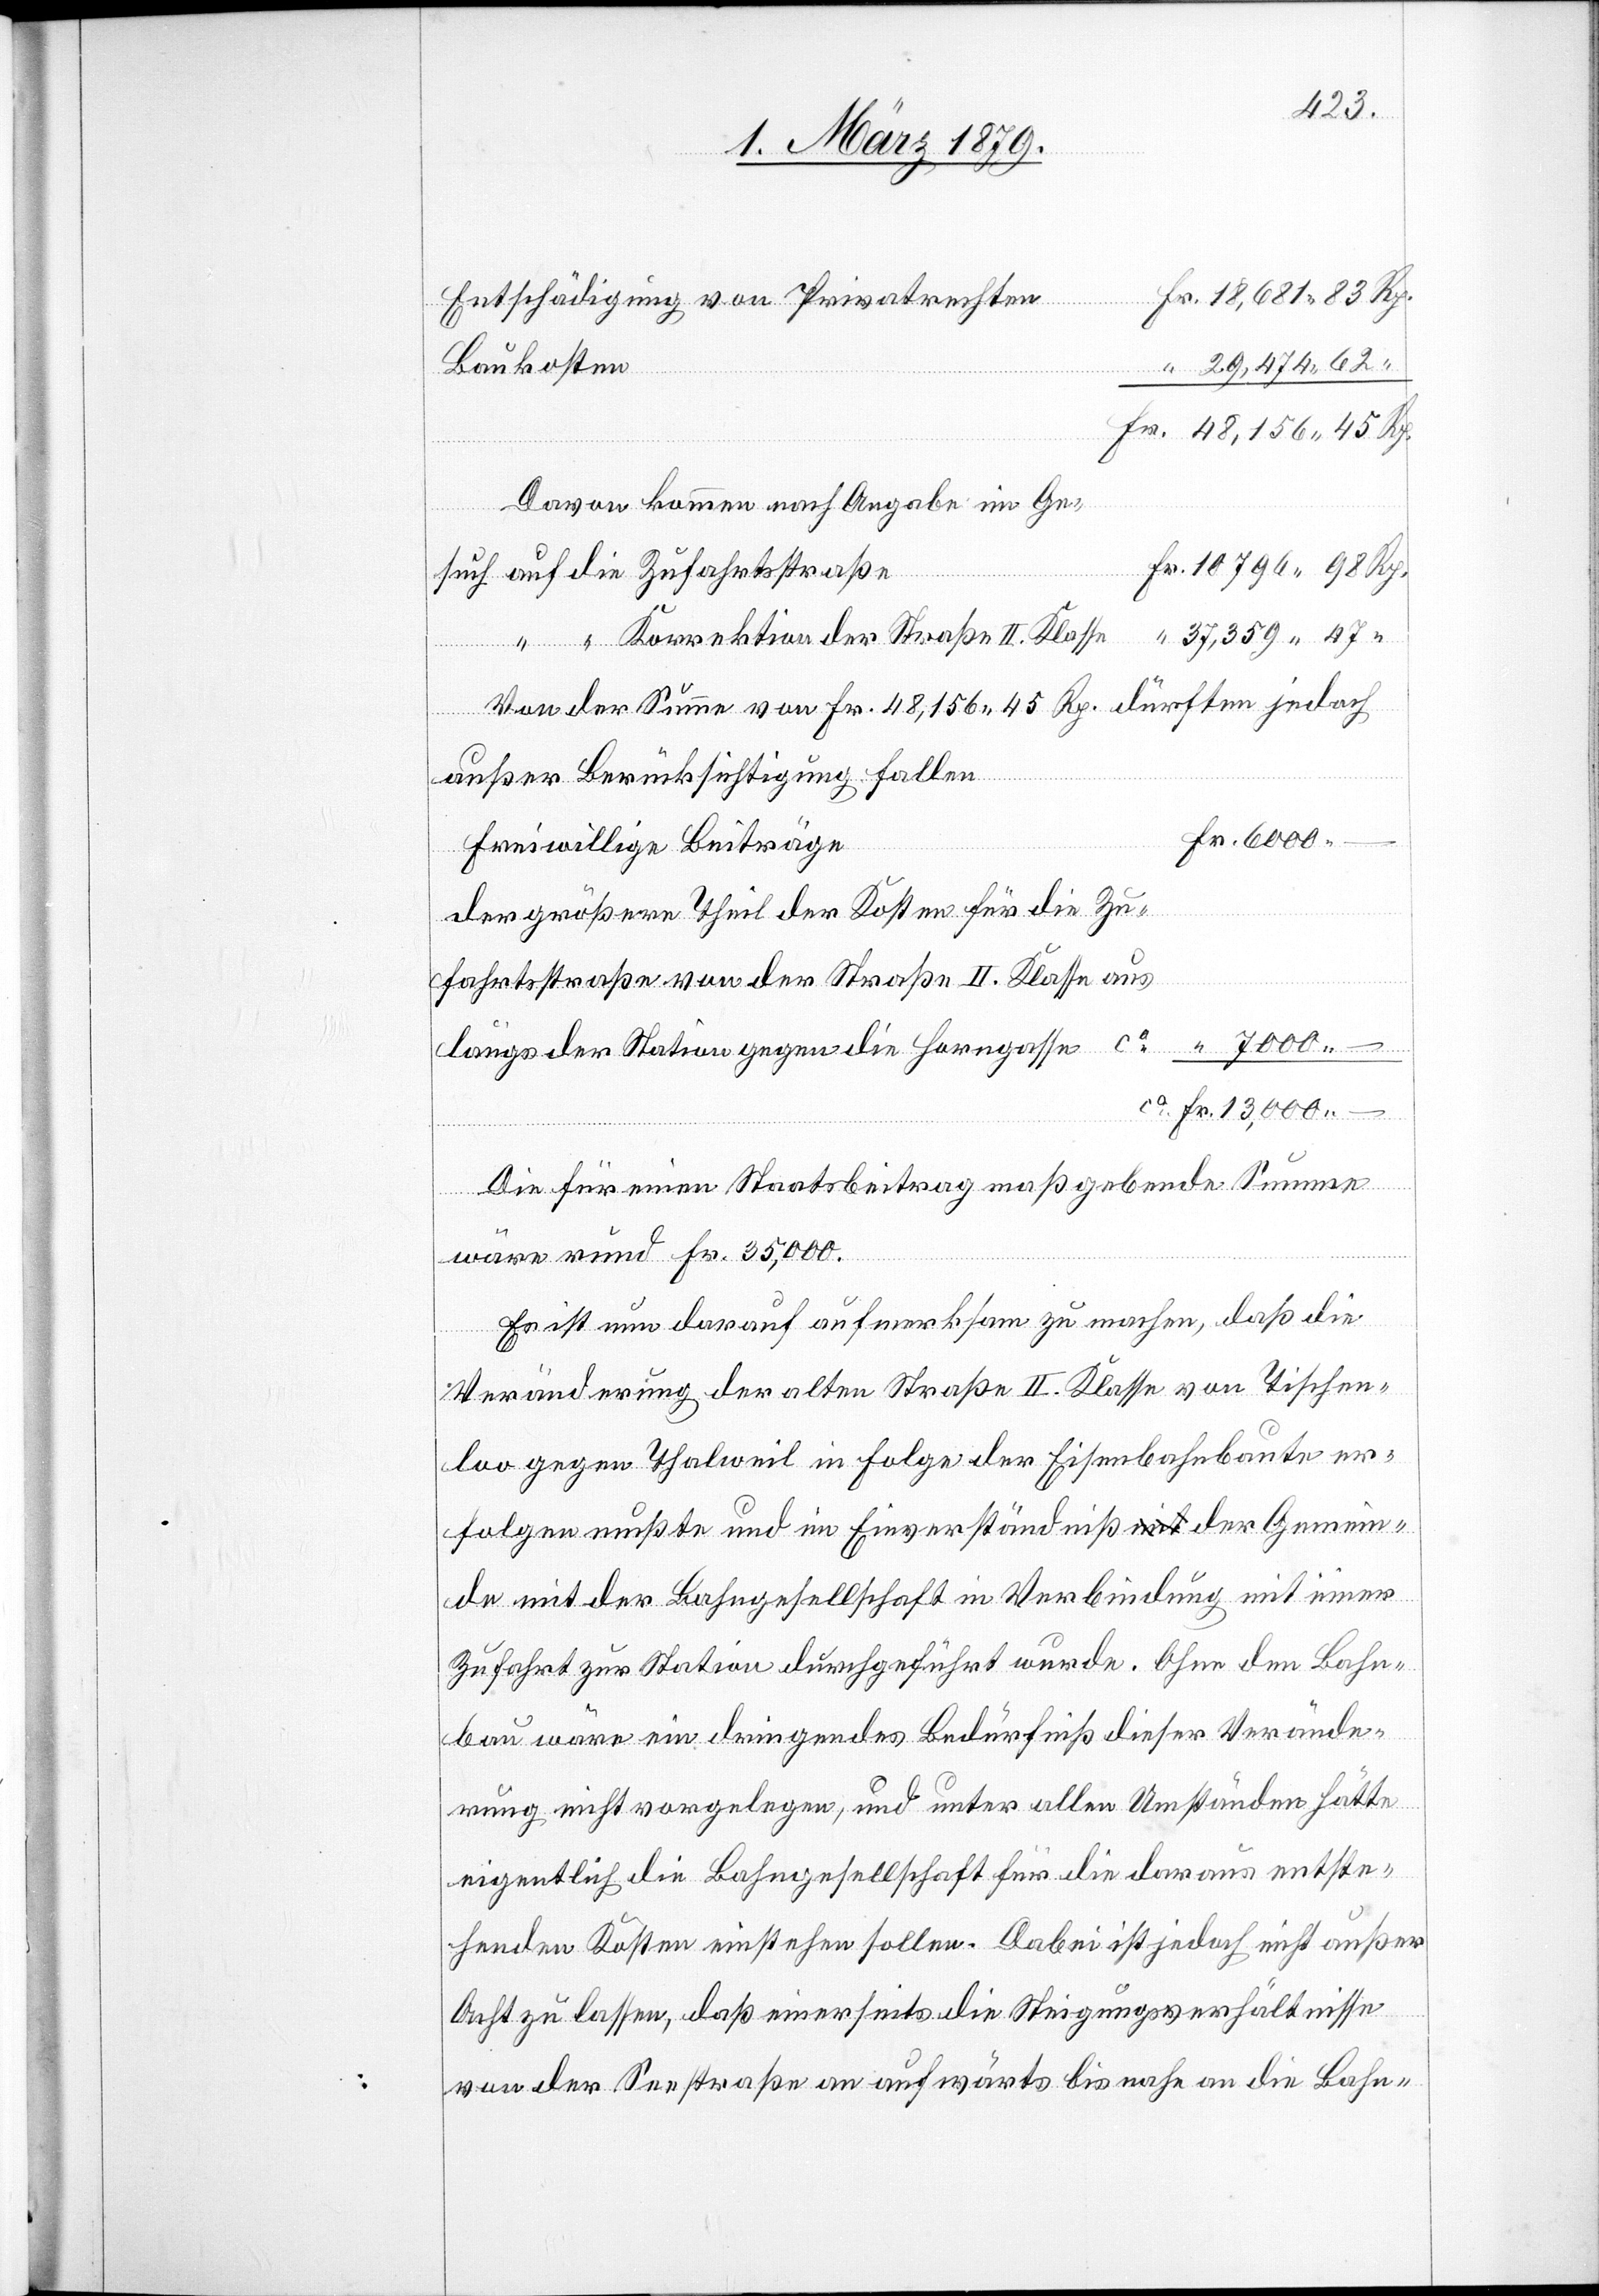
Baukosten
Davon kommen nach Angabe im Ge¬
–
such auf die Zufahrtsstraße
“ “ Korrektion der Straße II. Klasse
Von der Summe von Fr. 48,156 45 Rp. dürften jedoch
außer Berücksichtigung fallen
freiwillige Beiträge
Der größere Theil der Kosten für die Zu¬
fahrtsstraße von der Straße II. Klasse aus
längs der Station gegen die Horngasse ca
Die für einen Staatsbeitrag maßgebende Summe
“
wäre rund Fr. 35,000.
Es ist nun darauf aufmerksam zu machen, daß die
Veränderung der alten Straße II. Klasse von Tischen¬
loo gegen Thalweil in Folge der Eisenbahnbaute er¬
folgen mußte und im Einverständniß der Gemein¬
de mit der Bahngesellschaft in Verbindung mit einer
Zufahrt zur Station durchgeführt wurde. Ohne den Bahn¬
bau wäre ein dringendes Bedürfniß dieser Verände¬
rung nicht vorgelegen, und unter allen Umständen hätte
eigentlich die Bahngesellschaft für die daraus entste¬
henden Kosten einstehen sollen. Dabei ist jedoch nicht außer
Acht zu lassen, daß einerseits die Steigungsverhältnisse
von der Seestraße an aufwärts bis nahe an die Bahn-